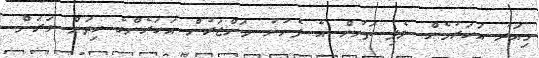
މިއަދު އަހަރުމެން ލެފި ތަނުން އެ ފެނުނު މަންޒަރުން އަހަރެންގެ ހިތަށް ވަރަށް